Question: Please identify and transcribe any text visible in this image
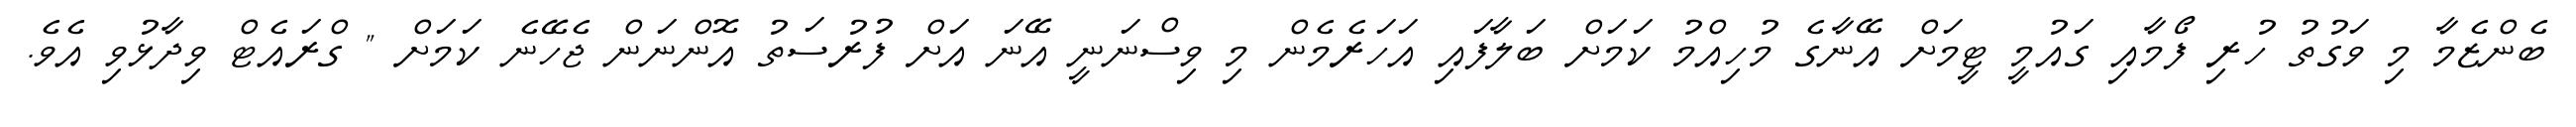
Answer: ބެންޒެމާ މި ވަގުތު ހުރި ފޯމާއި ގައުމީ ޓީމަށް އޭނާގެ މުހިއްމު ކަމަށް ބަލާފައި އަހަރެމެން މި ވިސްނަނީ އޭނަ އަށް ފުރުސަތު އޮންނަން ޖެހޭނެ ކަމަށް " ގްރައެޓް ވިދާޅުވި އެވެ.